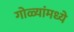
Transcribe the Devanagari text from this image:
गोळ्यांमध्ये